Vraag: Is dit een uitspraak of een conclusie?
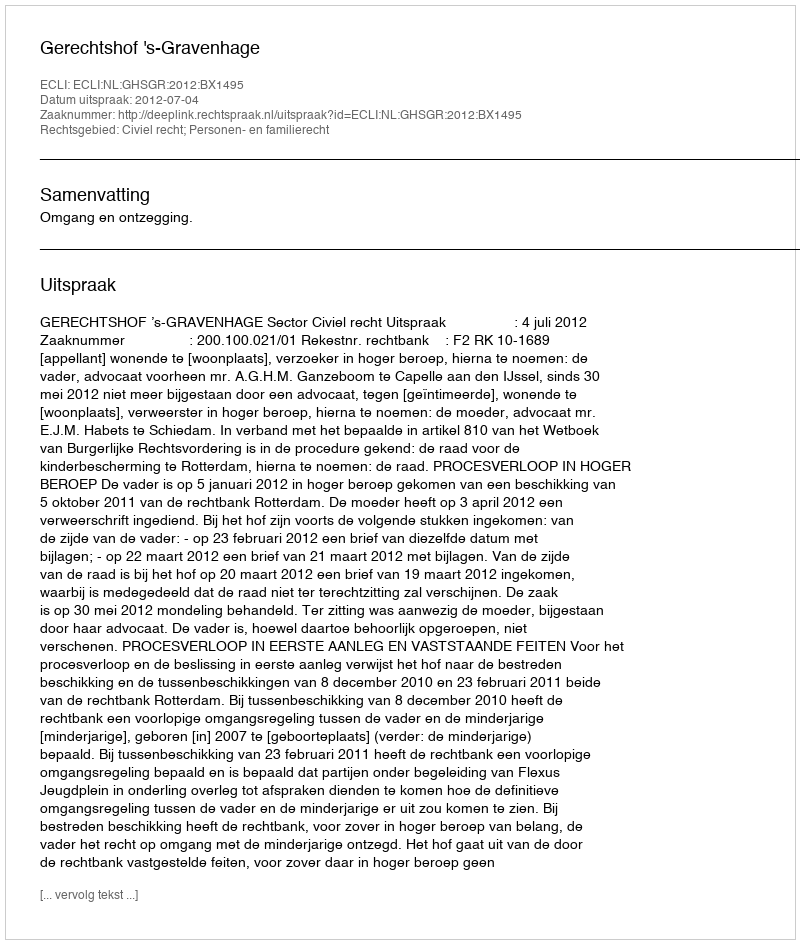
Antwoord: Uitspraak